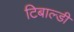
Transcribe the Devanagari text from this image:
टिबाल्डी